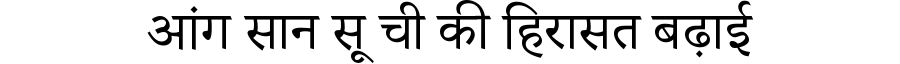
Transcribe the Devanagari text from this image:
आंग सान सू ची की हिरासत बढ़ाई